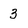
Character: 3